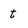
Character: t